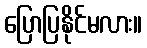
ပြောပြနိုင်မလား။